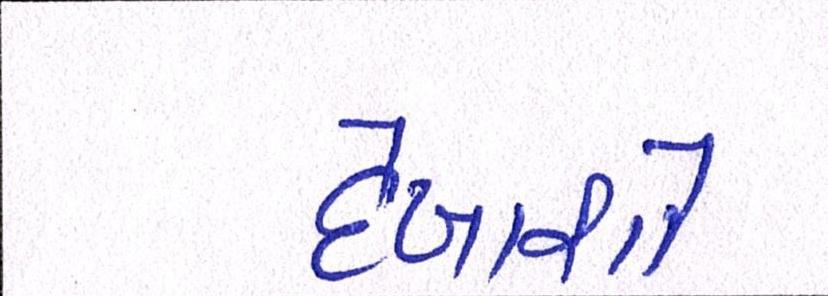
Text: દેખાશો